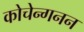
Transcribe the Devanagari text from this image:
कोचेन्गनन